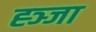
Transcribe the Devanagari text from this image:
ह्ञ्जा